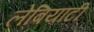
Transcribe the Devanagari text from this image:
लेबियाटी